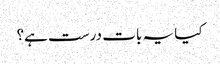
کیا یہ بات درست ہے؟